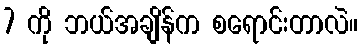
7 ကို ဘယ်အချိန်က စရောင်းတာလဲ။